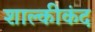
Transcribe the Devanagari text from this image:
शाल्कीकंद